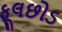
ફૂલછોડ